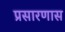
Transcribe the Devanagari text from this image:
प्रसारणास